Schemes for the provision of education (Education (Scotland) Act, 1918, section 6), 1918
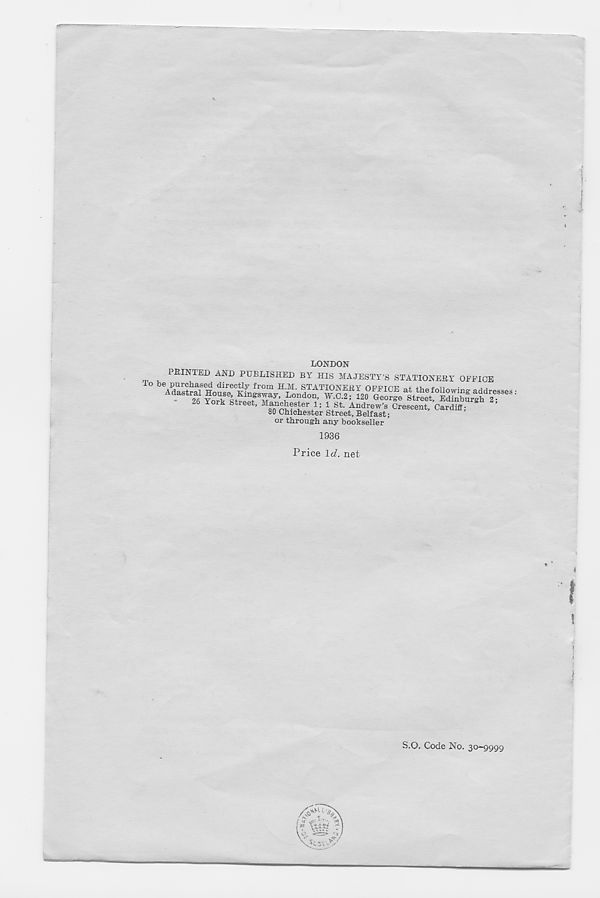
LONDON
'
AAI) PUBLISHED BY HIS MAJESTY'S STATIONEBY OEEIOE
lo be purchased directly from H.M. STATIONERY OEFTPT? O+
•
i T
ork Street, Manchester 1; 1 St. Andrew’s Crescent, Cardiff;
80 Chichester Street, Belfast;
or through any bookseller
1936
Price \d. net
S.O. Code No. 30-9999